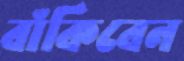
বাঁকিবেন